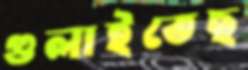
গুলাইতেছ